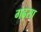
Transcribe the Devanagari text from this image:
गढ़सा